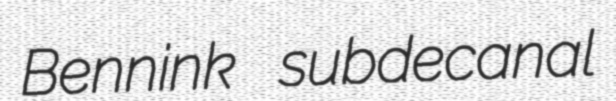
Bennink subdecanal